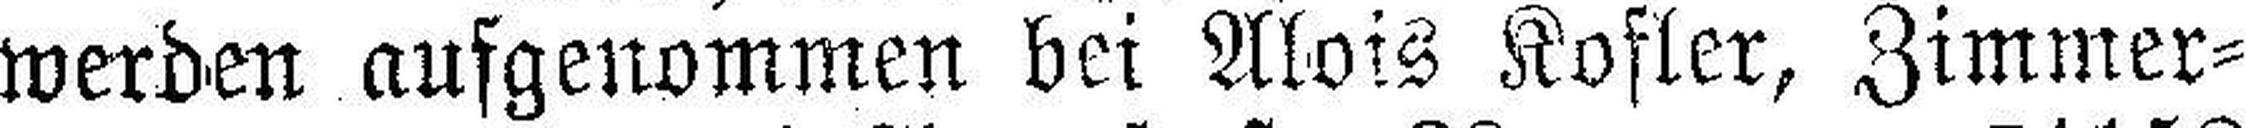
werden aufgenommen bei Alois Kofler, Zimmer¬